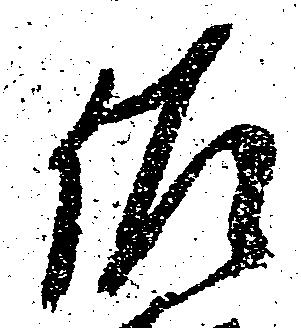
佐